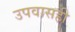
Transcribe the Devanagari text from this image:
उपवासही